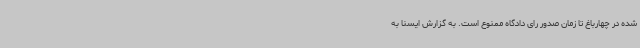
شده در چهارباغ تا زمان صدور رای دادگاه ممنوع است. به گزارش ایسنا به